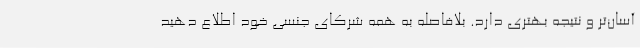
آسان‌تر و نتیجه بهتری دارد. بلافاصله به همه شرکای جنسی خود اطلاع دهید